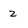
Character: 2